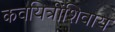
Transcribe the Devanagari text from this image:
कवयित्रींशिवाय